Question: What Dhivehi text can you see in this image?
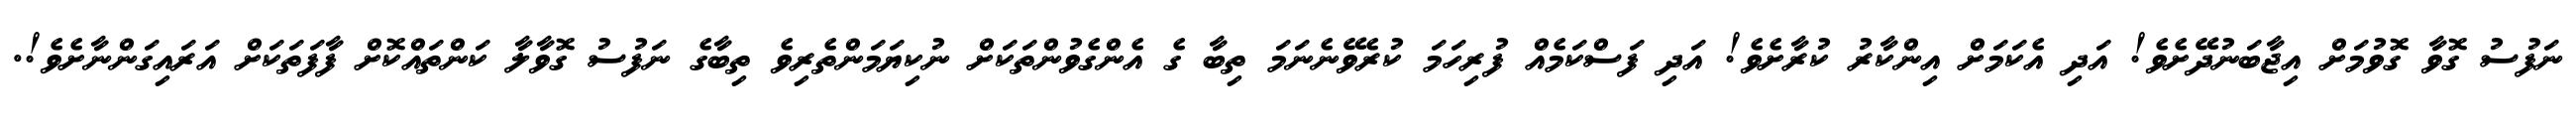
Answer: ނަފުސު ގޮވާ ގޮވުމަށް އިޖާބަނުދޭށެވެ! އަދި އެކަމަށް އިންކާރު ކުރާށެވެ! އަދި ފަސްކަމެއް ފުރިހަމަ ކުރެވޭނެނަމަ ތިބާ ގެ އެންގެވުންތަކަށް ނުކިޔަމަންތެރިވެ ތިބާގެ ނަފުސު ގޮވާލާ ކަންތައްކޮށް ފާފަތަކަށް އަރައިގަންނާށެވެ!.